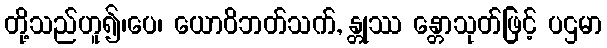
တို့သည်ဟူ၍၊ပေ၊ ယောဝိဘတ်သက်, န္တုဿ န္တောသုတ်ဖြင့် ပဌမာ